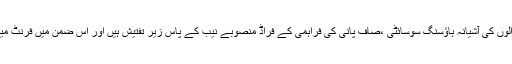
انہوں نے مزید کہا کہ بچت ڈرامہ کرنے والوں کی آشیانہ ہاﺅسنگ سوسائٹی ،صاف پانی کی فراہمی کے فراڈ منصوبے نیب کے پاس زیر تفتیش ہیں اور اس ضمن میں فرنٹ مینوں کی گرفتاریاں بھی عمل میںآ چکی ہیں۔